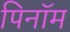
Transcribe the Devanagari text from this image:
पिनॉम